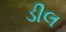
ડીલ